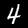
Digit: 4